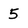
Character: 5